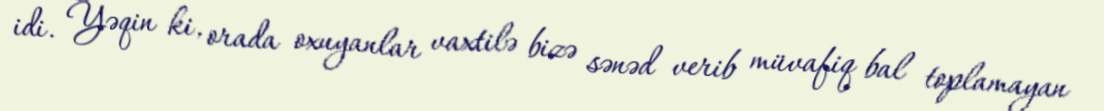
idi. Yəqin ki, orada oxuyanlar vaxtilə bizə sənəd verib müvafiq bal toplamayan